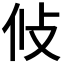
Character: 𭣢